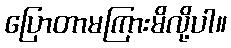
ပြောတာမကြားမိလို့ပါ။